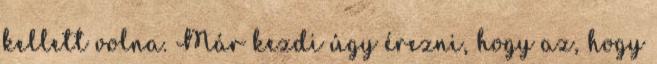
kellett volna. Már kezdi úgy érezni, hogy az, hogy